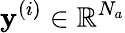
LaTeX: \textbf{y}^{(i)}\in\mathbb{R}^{N_{a}}